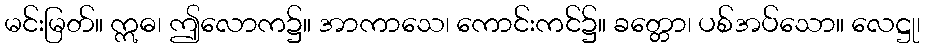
မင်းမြတ်။ ဣဓ၊ ဤလောက၌။ အာကာသေ၊ ကောင်းကင်၌။ ခတ္တော၊ ပစ်အပ်သော။ လေဋ္ဌု၊